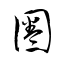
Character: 圈